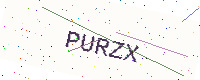
Text: PURZX